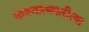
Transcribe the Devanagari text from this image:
भावनात्मकरीत्या